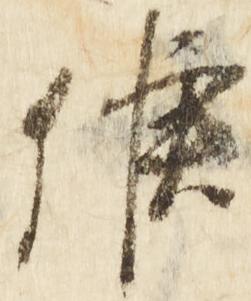
候